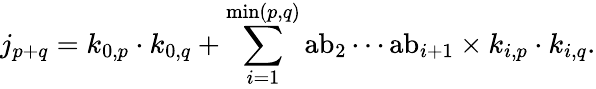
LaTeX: j_{p+q}=k_{0,p}\cdot k_{0,q}+\sum_{i=1}^{\operatorname*{min}(p,q)}{\mathrm{ab}}_{2}\cdots{\mathrm{ab}}_{i+1}\times k_{i,p}\cdot k_{i,q}.